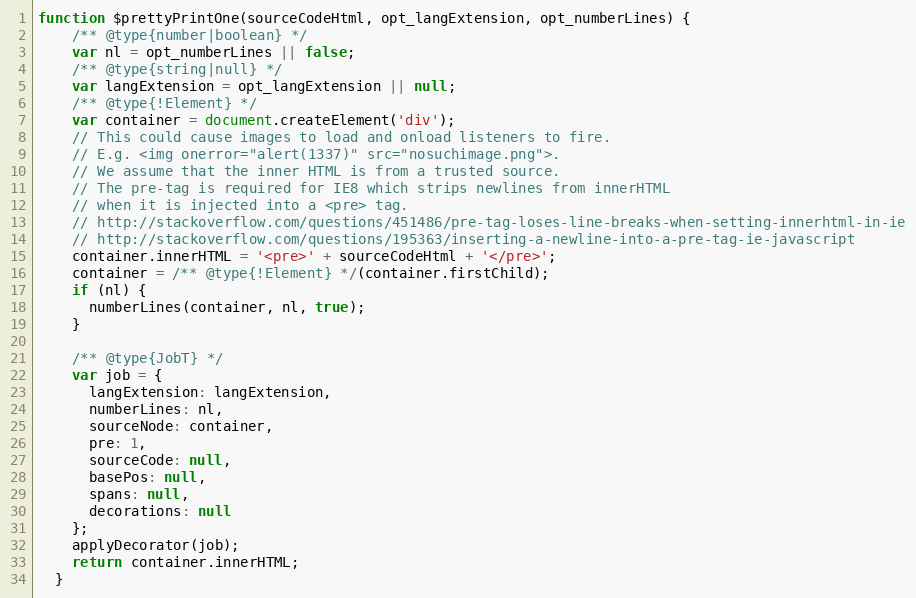
Language: JavaScript
function $prettyPrintOne(sourceCodeHtml, opt_langExtension, opt_numberLines) {
    /** @type{number|boolean} */
    var nl = opt_numberLines || false;
    /** @type{string|null} */
    var langExtension = opt_langExtension || null;
    /** @type{!Element} */
    var container = document.createElement('div');
    // This could cause images to load and onload listeners to fire.
    // E.g. <img onerror="alert(1337)" src="nosuchimage.png">.
    // We assume that the inner HTML is from a trusted source.
    // The pre-tag is required for IE8 which strips newlines from innerHTML
    // when it is injected into a <pre> tag.
    // http://stackoverflow.com/questions/451486/pre-tag-loses-line-breaks-when-setting-innerhtml-in-ie
    // http://stackoverflow.com/questions/195363/inserting-a-newline-into-a-pre-tag-ie-javascript
    container.innerHTML = '<pre>' + sourceCodeHtml + '</pre>';
    container = /** @type{!Element} */(container.firstChild);
    if (nl) {
      numberLines(container, nl, true);
    }

    /** @type{JobT} */
    var job = {
      langExtension: langExtension,
      numberLines: nl,
      sourceNode: container,
      pre: 1,
      sourceCode: null,
      basePos: null,
      spans: null,
      decorations: null
    };
    applyDecorator(job);
    return container.innerHTML;
  }